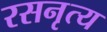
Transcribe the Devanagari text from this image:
रसनृत्य